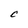
Character: C